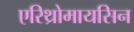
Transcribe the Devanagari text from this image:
एरिथ्रोमायसिन